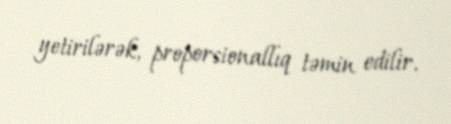
yetirilərək, proporsionallıq təmin edilir.